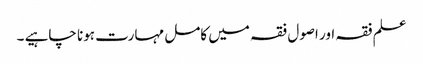
علم فقہ اور اصول فقہ میں کامل مہارت ہونا چاہیے ۔